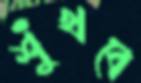
শুঁখবে